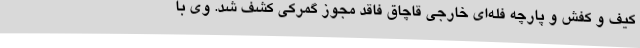
کیف و کفش و پارچه فله‌ای خارجی قاچاق فاقد مجوز گمرکی کشف شد. وی با